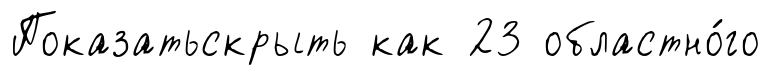
Показатьскрыть как 23 областно́го